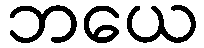
ဘယေ